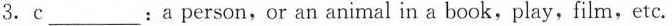
3. c___: a person, or an animal in a book, play, film, etc.